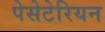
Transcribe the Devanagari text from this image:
पेसेटेरियन